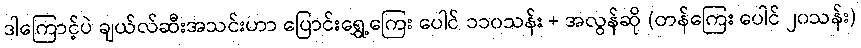
ဒါကြောင့်ပဲ ချယ်လ်ဆီးအသင်းဟာ ပြောင်းရွှေ့ကြေး ပေါင် ၁၁၀သန်း + အလွန်ဆို (တန်ကြေး ပေါင် ၂၀သန်း)